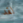
لقد